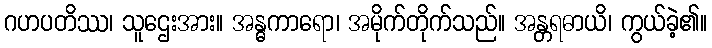
ဂဟပတိဿ၊ သူဌေးအား။ အန္ဓကာရော၊ အမိုက်တိုက်သည်။ အန္တရဓာယိ၊ ကွယ်ခဲ့၏။